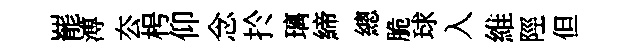
罷溥厺枵仰念扵璃締總脆球入維陘但